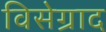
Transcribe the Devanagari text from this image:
विसेग्राद